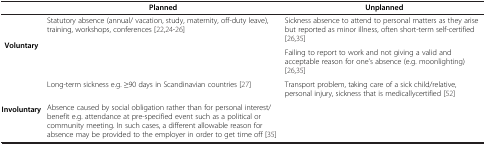
<table><thead><tr><td><b> </b></td><td><b>Planned</b></td><td><b>Unplanned</b></td></tr></thead><tbody><tr><td rowspan="2"><b>Voluntary</b></td><td rowspan="2">Statutory absence (annual/ vacation, study, maternity, off-duty leave), training, workshops, conferences [22,24-26]</td><td>Sickness absence to attend to personal matters as they arise but reported as minor illness, often short-term self-certified [26,35]</td></tr><tr><td>Failing to report to work and not giving a valid and acceptable reason for one’s absence (e.g. moonlighting) [26,35]</td></tr><tr><td rowspan="2"><b>Involuntary</b></td><td>Long-term sickness e.g. ≥90 days in Scandinavian countries [27]</td><td>Transport problem, taking care of a sick child/relative, personal injury, sickness that is medicallycertified [52]</td></tr><tr><td>Absence caused by social obligation rather than for personal interest/benefit e.g. attendance at pre-specified event such as a political or community meeting. In such cases, a different allowable reason for absence may be provided to the employer in order to get time off [35]</td><td> </td></tr></tbody></table>